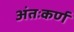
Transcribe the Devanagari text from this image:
अंतःकर्ण